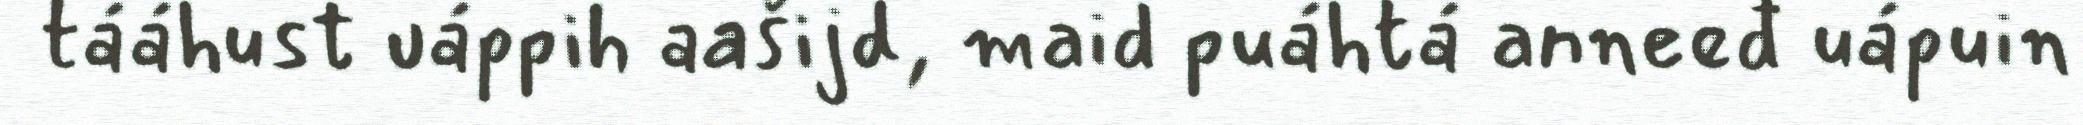
tááhust uáppih aašijd, maid puáhtá anneeđ uápuin